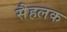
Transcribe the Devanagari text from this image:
सैहलक